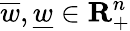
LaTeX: \overline{w},\underline{w}\in\mathbf{R}_{+}^{n}